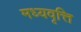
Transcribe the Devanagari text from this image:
मध्यवृत्ति